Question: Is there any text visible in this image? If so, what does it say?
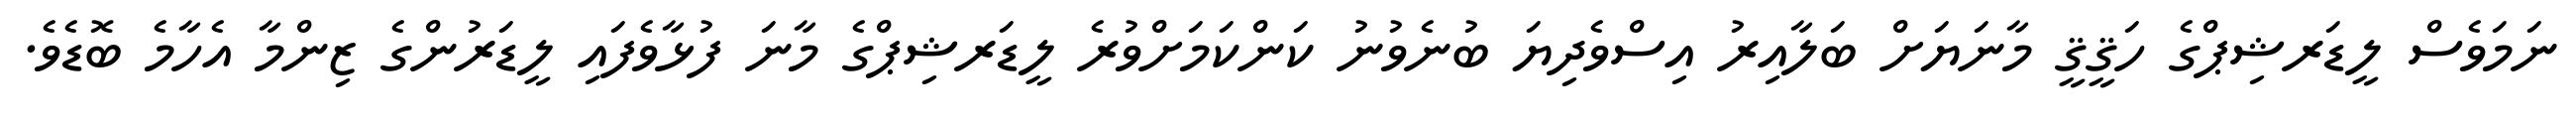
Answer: ނަމަވެސް ލީޑަރޝިޕްގެ ހަޤީޤީ މާނަޔަށް ބަލާއިރު އިސްވެދިޔަ ބުނެވުނު ކަންކަމަށްވުރެ ލީޑަރޝިޕްގެ މާނަ ފުޅާވެފައި ލީޑަރުންގެ ޒިންމާ އެހާމެ ބޮޑެވެ.